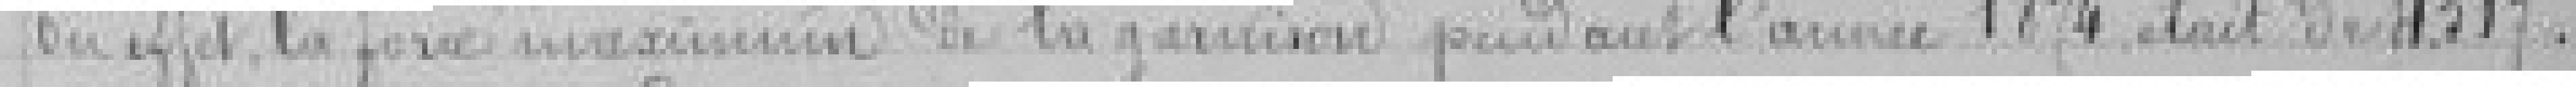
En effet, la force maximum de la garnison pendant l'année 1874, était de 4.517.